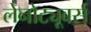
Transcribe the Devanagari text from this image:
लेनोट्यूबर्स